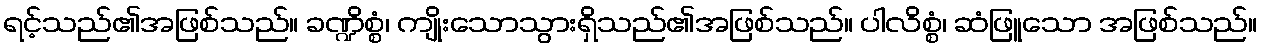
ရင့်သည်၏အဖြစ်သည်။ ခဏ္ဍိစ္စံ၊ ကျိုးသောသွားရှိသည်၏အဖြစ်သည်။ ပါလိစ္စံ၊ ဆံဖြူသော အဖြစ်သည်။